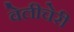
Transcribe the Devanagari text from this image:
वेलीचेरी